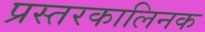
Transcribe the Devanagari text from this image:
प्रस्तरकालिनक